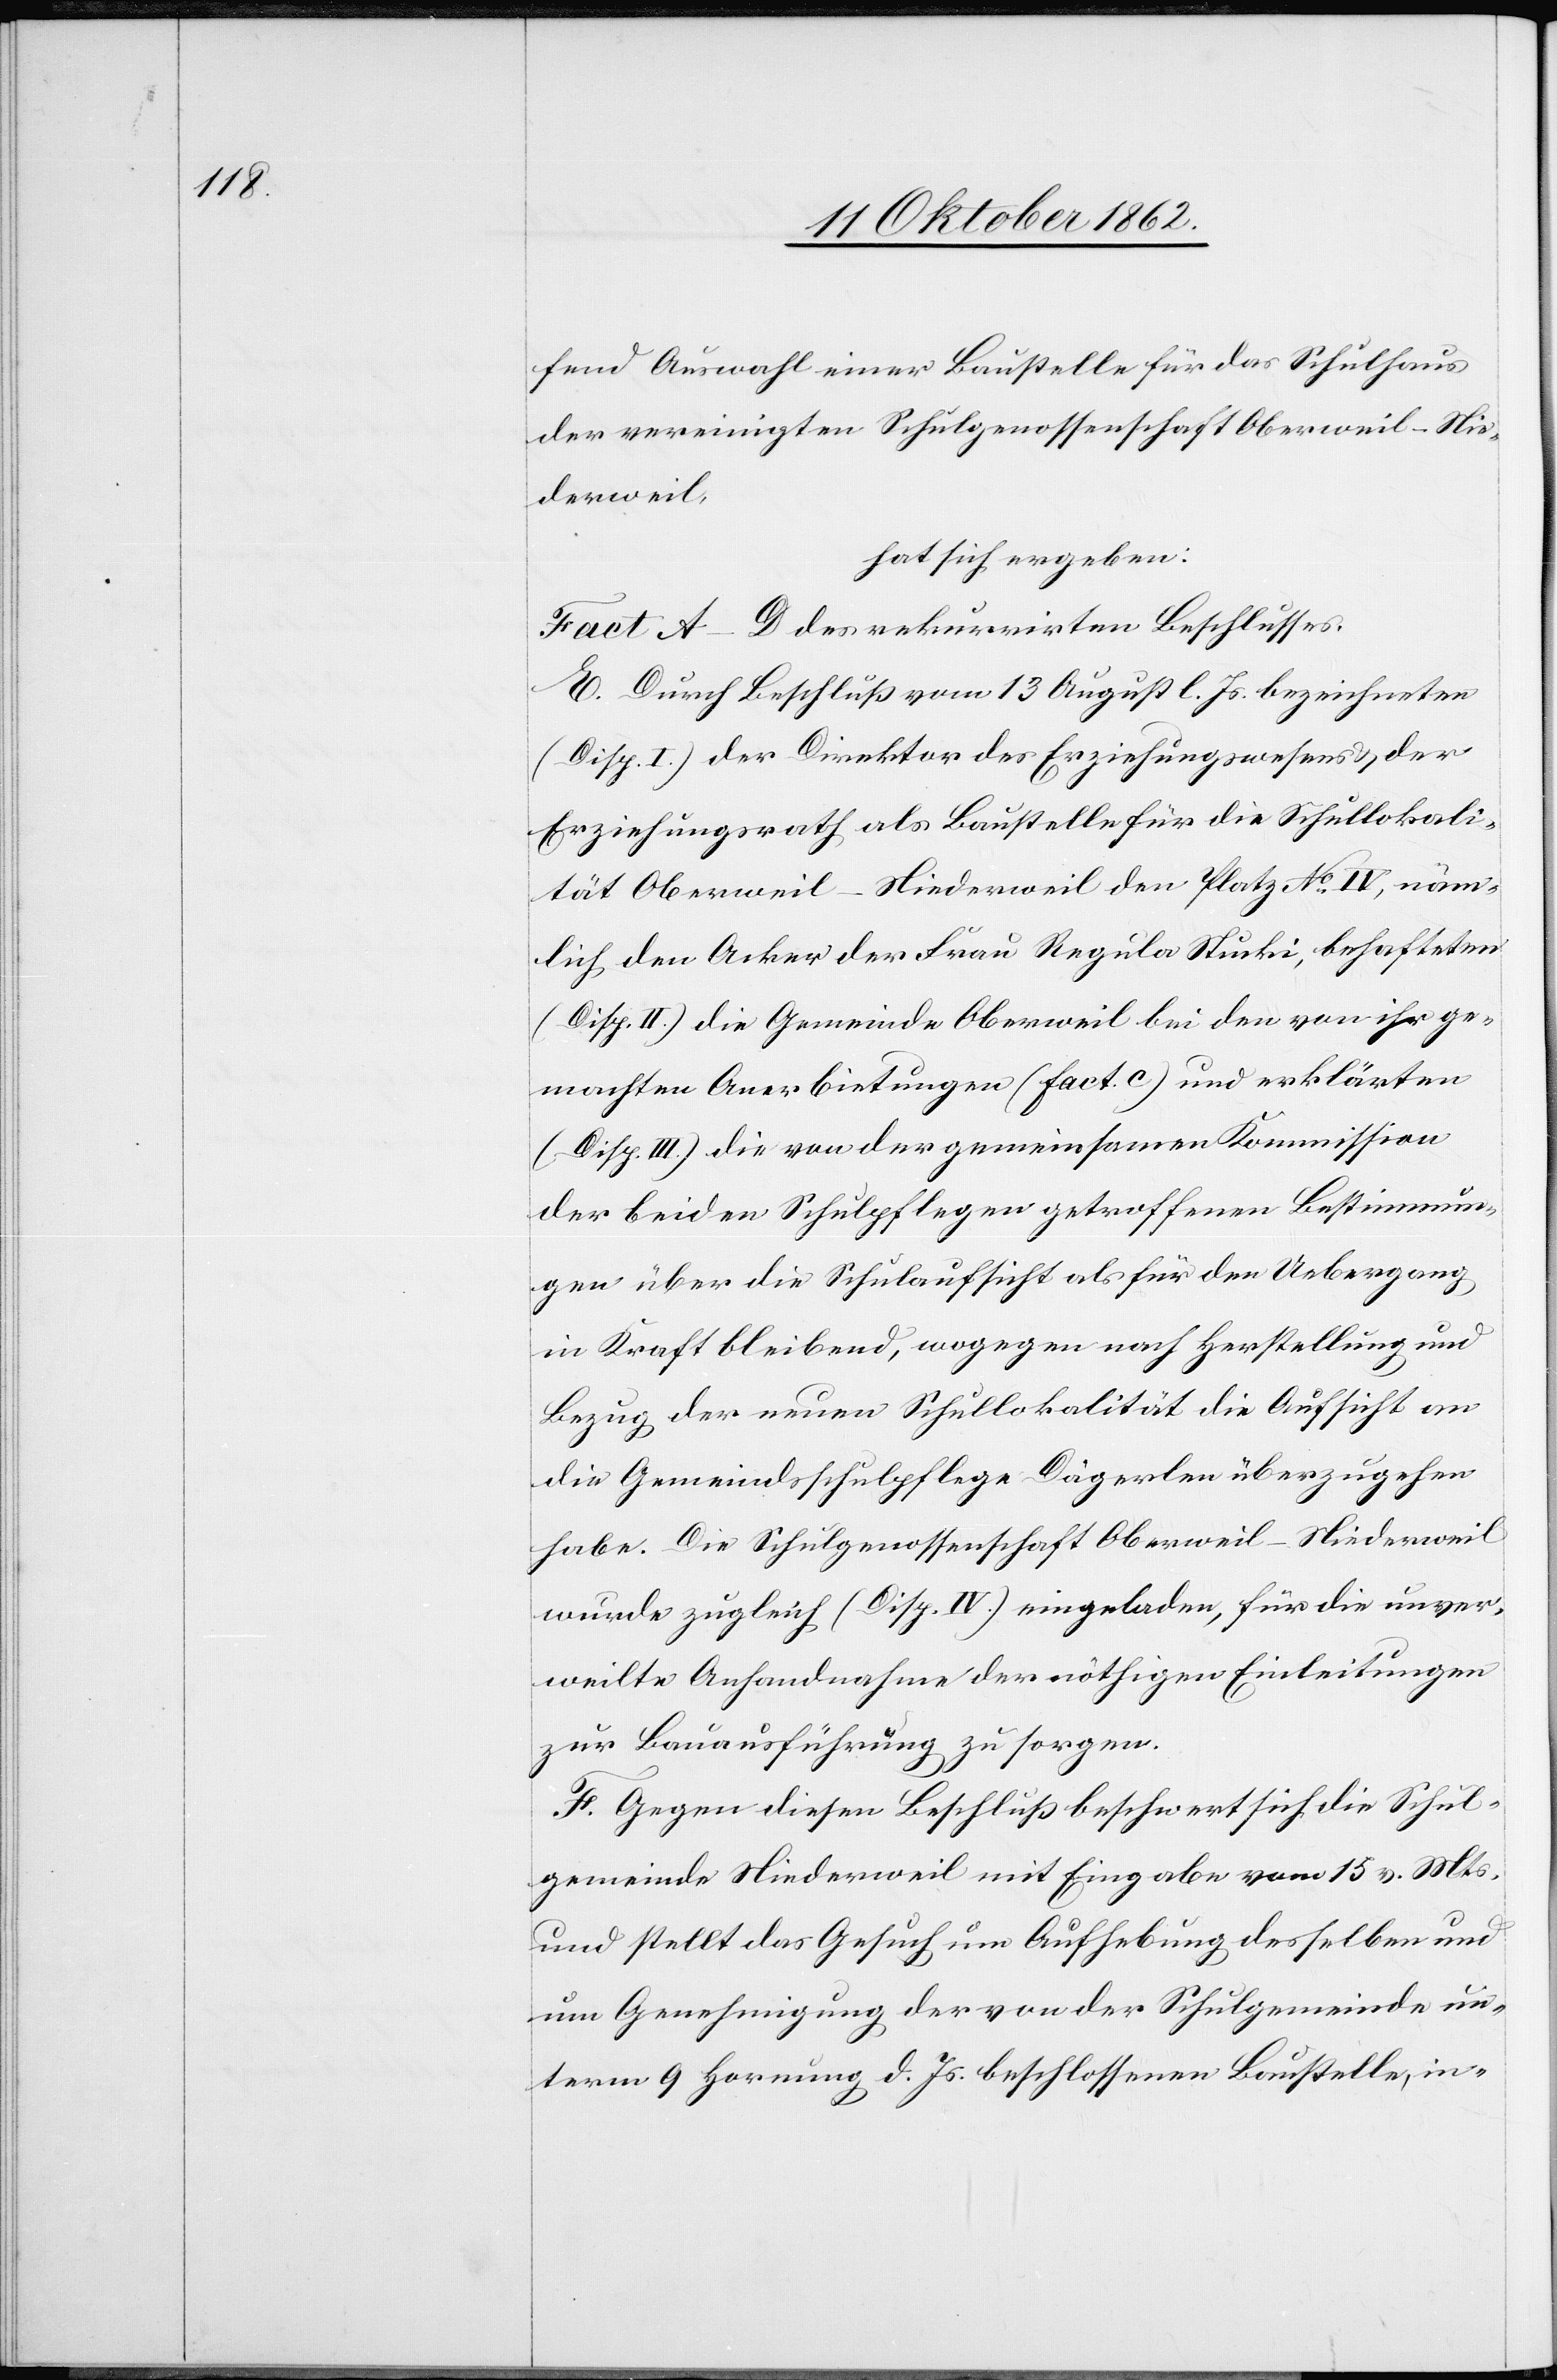
fend Auswahl einer Baustelle für das Schulhaus
der vereinigten Schulgenossenschaft Oberweil-Nie¬
derweil,
hat sich ergeben:
Fact. A–D des rekurrirten Beschlusses.
E. Durch Beschluß vom 13. August l. Js. bezeichneten
(Disp. I) der Direktor des Erziehungswesens u. der
Erziehungsrath als Baustelle für die Schullokali¬
tät Oberweil-Niederweil den Platz No IV, näm¬
lich den Acker der Frau Regula Stucki, behafteten
(Disp. II) die Gemeinde Oberweil bei den von ihr ge¬
machten Anerbietungen (Fact. C) und erklärten
(Disp. III) die von der gemeinsamen Kommission
der beiden Schulpflegen getroffenen Bestimmun¬
en über die Schulaufsicht als für den Uebergang
in Kraft bleibend, wogegen nach Herstellung und
Bezug der neuen Schullokalität die Aufsicht an
die Gemeindsschulpflege Dägerlen überzugehen
habe. Die Schulgenossenschaft Oberweil-Niederweil
wurde zugleich (Disp. IV) eingeladen, für die unver¬
weilte Anhandnahme der nöthigen Einleitungen
zur Bauausführung zu sorgen.
F. Gegen diesen Beschluß beschwert sich die Schul¬
gemeinde Niederweil mit Eingabe vom 15. v. Mts.
und stellt das Gesuch um Aufhebung desselben und
um Genehmigung der von der Schulgemeinde un¬
term 9. Hornung d. Js. beschlossenen Baustelle, in-